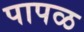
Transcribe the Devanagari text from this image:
पापळ